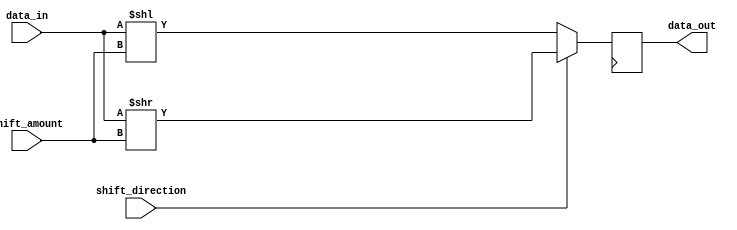
module barrel_shifter(
    input [7:0] data_in,
    input [2:0] shift_amount,
    input shift_direction, // 0 for left shift, 1 for right shift
    output reg [7:0] data_out
);

reg [7:0] shifted_data;

always @(*) begin
    if(shift_direction == 0) begin // left shift
        shifted_data = data_in << shift_amount;
    end else begin // right shift
        shifted_data = data_in >> shift_amount;
    end
end

always @(posedge clk) begin
    data_out <= shifted_data;
end

endmodule